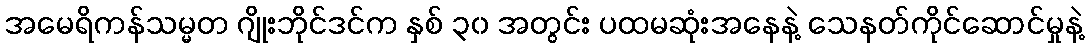
အမေရိကန်သမ္မတ ဂျိုးဘိုင်ဒင်က နှစ် ၃၀ အတွင်း ပထမဆုံးအနေနဲ့ သေနတ်ကိုင်ဆောင်မှုနဲ့